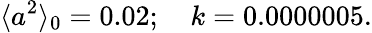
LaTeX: \langle a^{2}\rangle_{0}=0.02;\quad k=0.0000005.